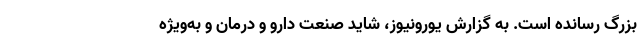
بزرگ رسانده است. به گزارش یورونیوز، شاید صنعت دارو و درمان و به‌ویژه